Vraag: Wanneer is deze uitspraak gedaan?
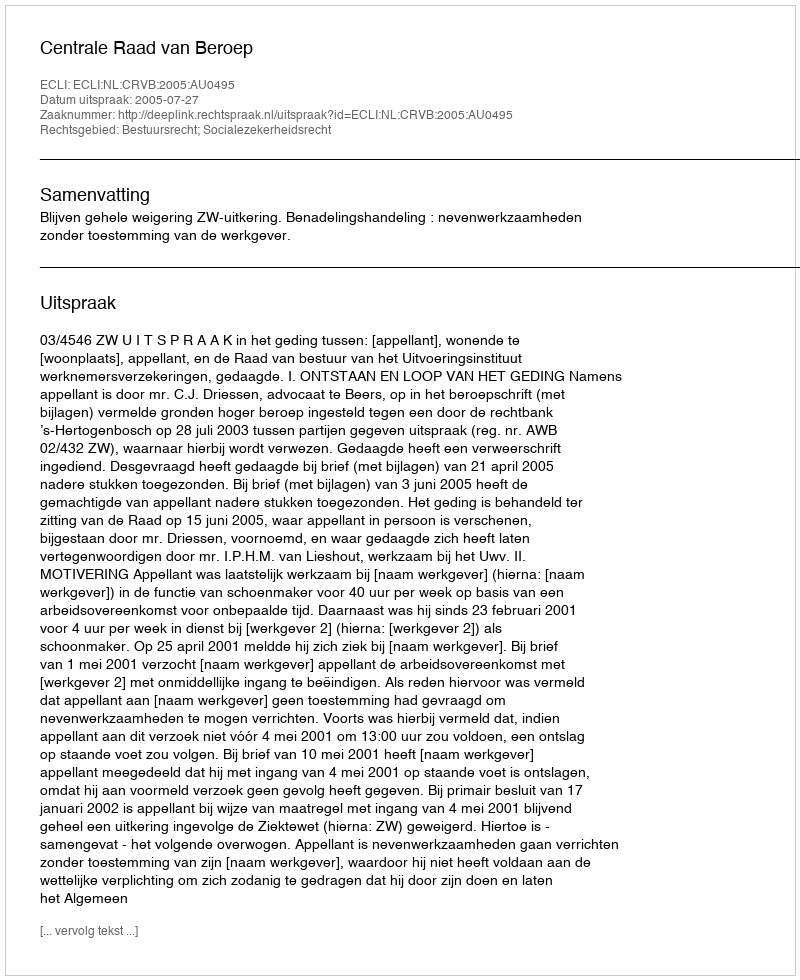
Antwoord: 2005-07-27